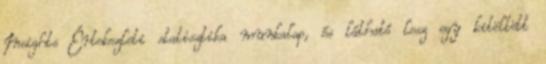
Insights Értekezleti statisztika munkalap, és látható lesz egy kitöltött